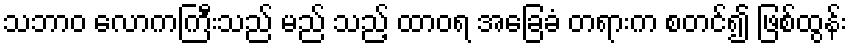
သဘာဝ လောကကြီးသည် မည် သည့် ထာဝရ အခြေခံ တရားက စတင်၍ ဖြစ်ထွန်း